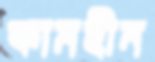
কামহীন